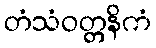
တံသံဝတ္တနိကံ